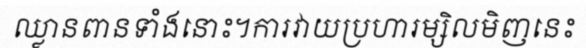
ឈ្លានពានទាំងនោះ។ការវាយប្រហារម្សិលមិញនេះ